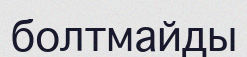
болтмайды